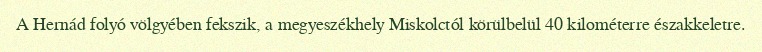
A Hernád folyó völgyében fekszik, a megyeszékhely Miskolctól körülbelül 40 kilométerre északkeletre.